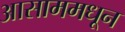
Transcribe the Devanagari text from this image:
आसाममधून